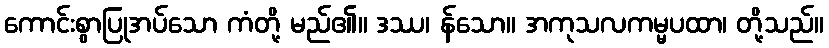
ကောင်းစွာပြုအပ်သော ကံတို့ မည်၏။ ဒဿ၊ န်သော။ အကုသလကမ္မပထာ၊ တို့သည်။